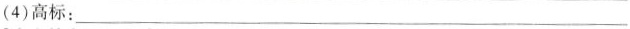
(4)高标：_